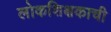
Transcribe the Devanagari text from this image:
लोकशिक्षकाची